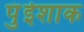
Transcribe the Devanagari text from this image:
पुंईशाक